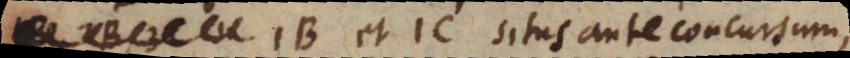
B et C situs ante concursum,